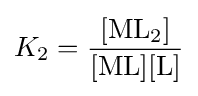
K_{2}=\mathrm {\frac {[ML_{2}]}{[ML][L]}}